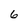
Character: 6